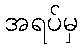
အရပ်မှ